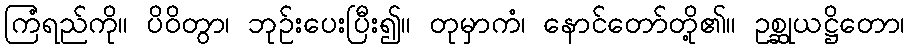
ကြံရည်ကို။ ပိဝိတွာ၊ ဘုဉ်းပေးပြီး၍။ တုမှာကံ၊ နောင်တော်တို့၏။ ဥစ္ဆုယဋ္ဌိတော၊